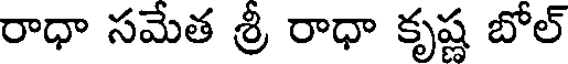
రాధా సమేత శ్రీ రాధా కృష్ణ బోల్